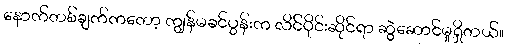
နောက်တစ်ချက်ကတော့ ကျွန်မခင်ပွန်းက လိင်ပိုင်းဆိုင်ရာ ဆွဲဆောင်မှုရှိတယ်။